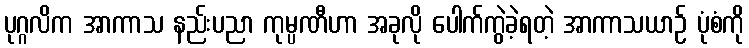
ပုဂ္ဂလိက အာကာသ နည်းပညာ ကုမ္ပဏီဟာ အခုလို ပေါက်ကွဲခဲ့ရတဲ့ အာကာသယာဉ် ပုံစံကို